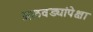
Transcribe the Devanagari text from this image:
आठवड्यांपेक्षा